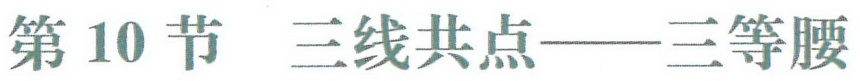
第10节 三线共点——三等腰